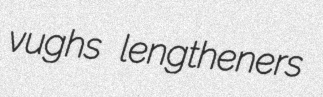
vughs lengtheners